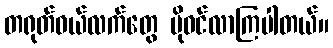
တရုတ်ဝယ်လက်တွေ ပိုဝင်လာကြပါတယ်။